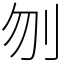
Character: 刎